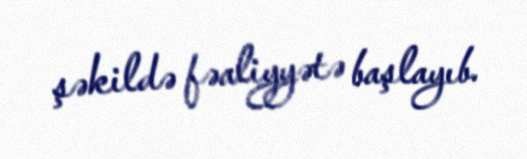
şəkildə fəaliyyətə başlayıb.